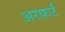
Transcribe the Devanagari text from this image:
अरफ़र्ट